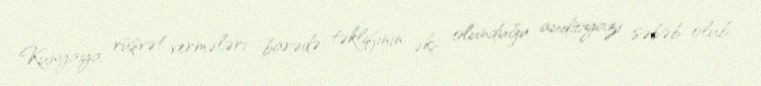
Kunyaya rüşvət vermələri barədə təklifinin əks olunduğu audioyazı səbəb olub.